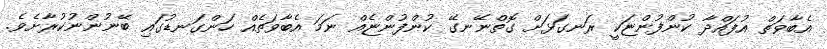
އެބާވަތް އުފައްދާ ކުންފުންޏަކީ ރަނގަޅަށް ގޮތްނޭނގޭ ކުންފުންޏެއް ނަމަ އެބާވަތެއް ހަންގަނޑުގައި ބޭނުންނުކުރާށެވެ.